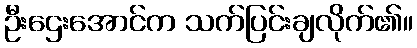
ဦးဌေးအောင်က သက်ပြင်းချလိုက်၏။